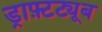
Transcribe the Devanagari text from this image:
ड्राफ़्टट्यूब